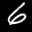
Label: 6